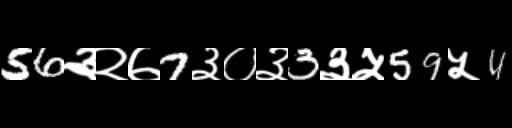
Text: 56३२७7३०३3३५59५4